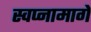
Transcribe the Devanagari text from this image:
स्वप्नामागे